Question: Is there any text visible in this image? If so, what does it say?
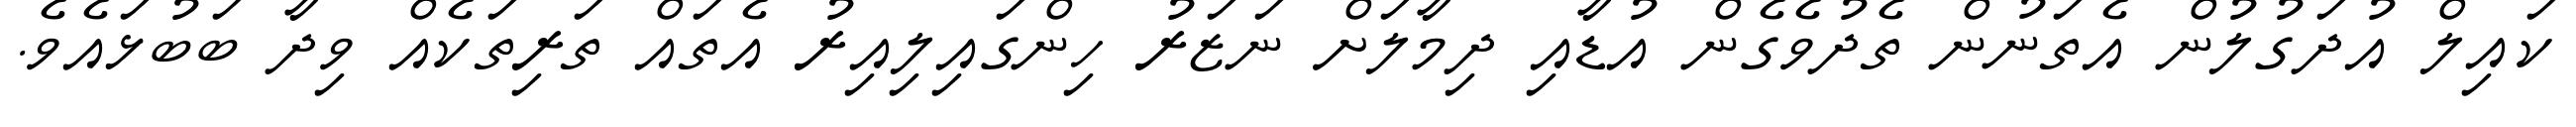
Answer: ކައިލް އުދަގުލުން އެތަނުން ތެދުވެގެން އުޑާއި ދިމާލަށް ނަޒަރު ހިންގައިލިއިރު އެތައް ތަރިތަކެއް ވިދާ ބަބުޅައެވެ.